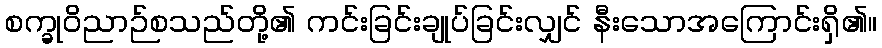
စက္ခုဝိညာဉ်စသည်တို့၏ ကင်းခြင်းချုပ်ခြင်းလျှင် နီးသောအကြောင်းရှိ၏။